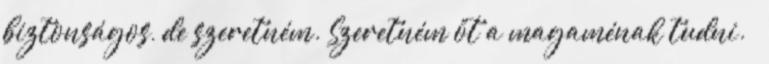
biztonságos, de szeretném. Szeretném őt a magaménak tudni. –